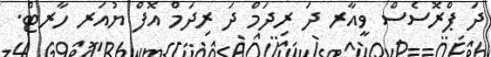
ދަ ޕްރޮސެސް ވީއާރ ދަ ރިދަމް ދަ ރިދަމް އޮފް ޔުއަރ ހާރޓް.